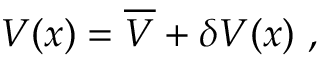
{ \cal V } ( x ) = \overline { { { \cal V } } } + \delta { \cal V } ( x ) \ ,